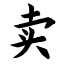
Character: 卖